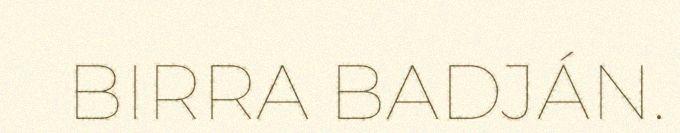
BIRRA BADJÁN.